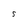
Character: S